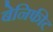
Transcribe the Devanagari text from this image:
बेनिफीट